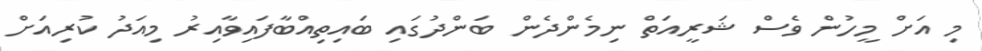
މި އަށް މީހުން ވެސް ޝަރީއަތް ނިމެންދެން ބަންދުގައި ބައިތިއްބާފައިވާއިރު މިއަދު ކުރިއަށް